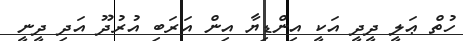
ހުތް ޢަލީ ދީދީ އަކީ އިންޑިޔާ އިން އަރަބި އުރުދޫ އަދި ދީނީ